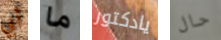
أبي ما يادكتور حال